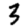
Digit: 3